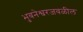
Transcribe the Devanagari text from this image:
भुवनेश्वरजवळील